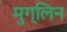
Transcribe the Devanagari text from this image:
मुग्लिन